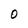
Character: 0